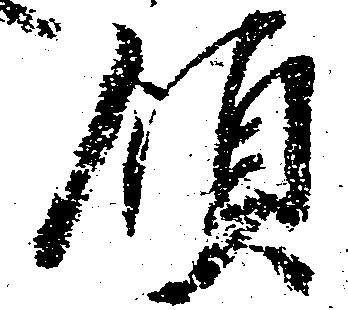
領